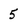
Character: 5